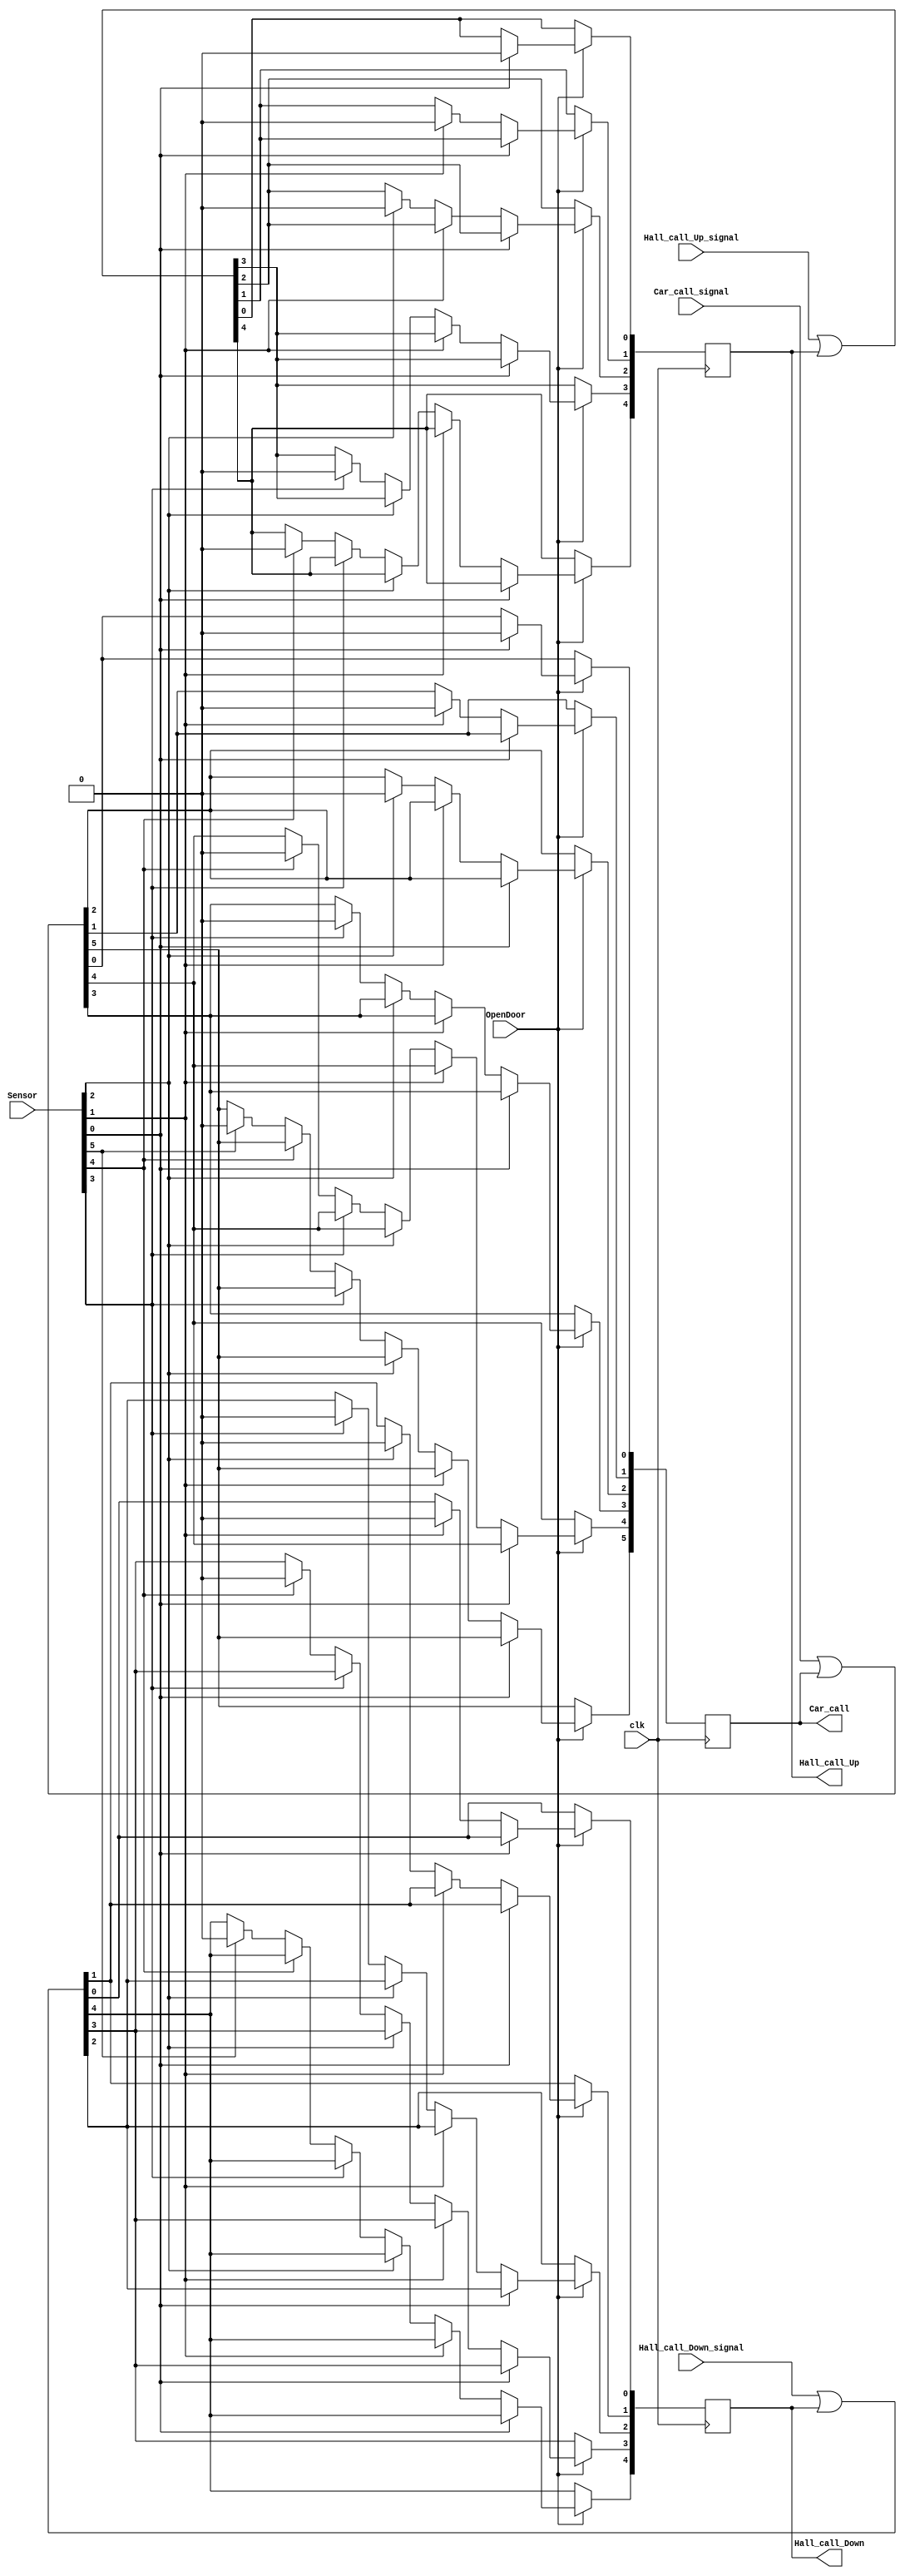
module  Lift_reg (clk,Car_call_signal,Hall_call_Up_signal,Hall_call_Down_signal,Sensor,OpenDoor,Hall_call_Up,Hall_call_Down,Car_call);
	input clk,OpenDoor;
	input [5:0] Car_call_signal,Sensor;
	input [4:0] Hall_call_Up_signal;
	input [5:1] Hall_call_Down_signal;
	 
	output [4:0] Hall_call_Up;
	output [5:1] Hall_call_Down;
	output [5:0] Car_call;

	reg [5:1] Hall_call_Down_temp =5'b00000;
	reg [4:0] Hall_call_Up_temp=5'b00000;
	reg [5:0] Car_call_temp=6'b000000;

	 always @ (posedge clk)
		begin
		if (clk) begin
			Hall_call_Up_temp <= Hall_call_Up_signal | Hall_call_Up_temp;
			Hall_call_Down_temp <= Hall_call_Down_signal | Hall_call_Down_temp;
			Car_call_temp <= Car_call_signal | Car_call_temp;
			if(OpenDoor == 1'b1) begin
				if(Sensor[0] == 1'b1) begin
					Hall_call_Up_temp[0]<=1'b0;
					Car_call_temp[0]<=1'b0; end
				else if(Sensor[1] == 1'b1) begin
					Hall_call_Up_temp[1]<=1'b0;
					Hall_call_Down_temp[1]<=1'b0;
					Car_call_temp[1]<=1'b0; end
				else if(Sensor[2] == 1'b1) begin
					Hall_call_Up_temp[2]<=1'b0;
					Hall_call_Down_temp[2]<=1'b0;
					Car_call_temp[2]<=1'b0; end
				else if(Sensor[3] == 1'b1) begin
					Hall_call_Up_temp[3]<=1'b0;
					Hall_call_Down_temp[3]<=1'b0;
					Car_call_temp[3]<=1'b0; end
				else if(Sensor[4] == 1'b1) begin
					Hall_call_Up_temp[4]<=1'b0;
					Hall_call_Down_temp[4]<=1'b0;
					Car_call_temp[4]<=1'b0; end
				else if(Sensor[5] == 1'b1) begin
					Hall_call_Down_temp[5]<=1'b0;
					Car_call_temp[5]<=1'b0; end
			end
		end
		end
		assign Hall_call_Down = Hall_call_Down_temp;
		assign Hall_call_Up = Hall_call_Up_temp;
		assign Car_call = Car_call_temp;
endmodule